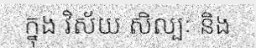
ក្នុង វិស័យ សិល្បៈ និង